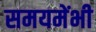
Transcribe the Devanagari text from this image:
समयमेंभी